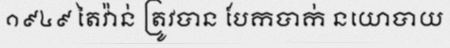
១៩៤៩ តៃវ៉ាន់ ត្រូវបាន បែកបាក់ នយោបាយ